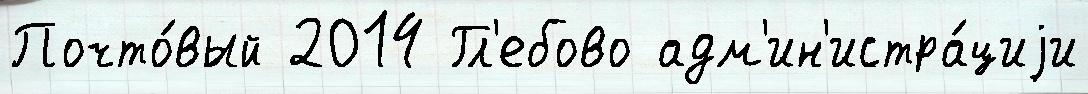
Почто́вый 2014 Гл'ебово адм'ин'истра́циjи